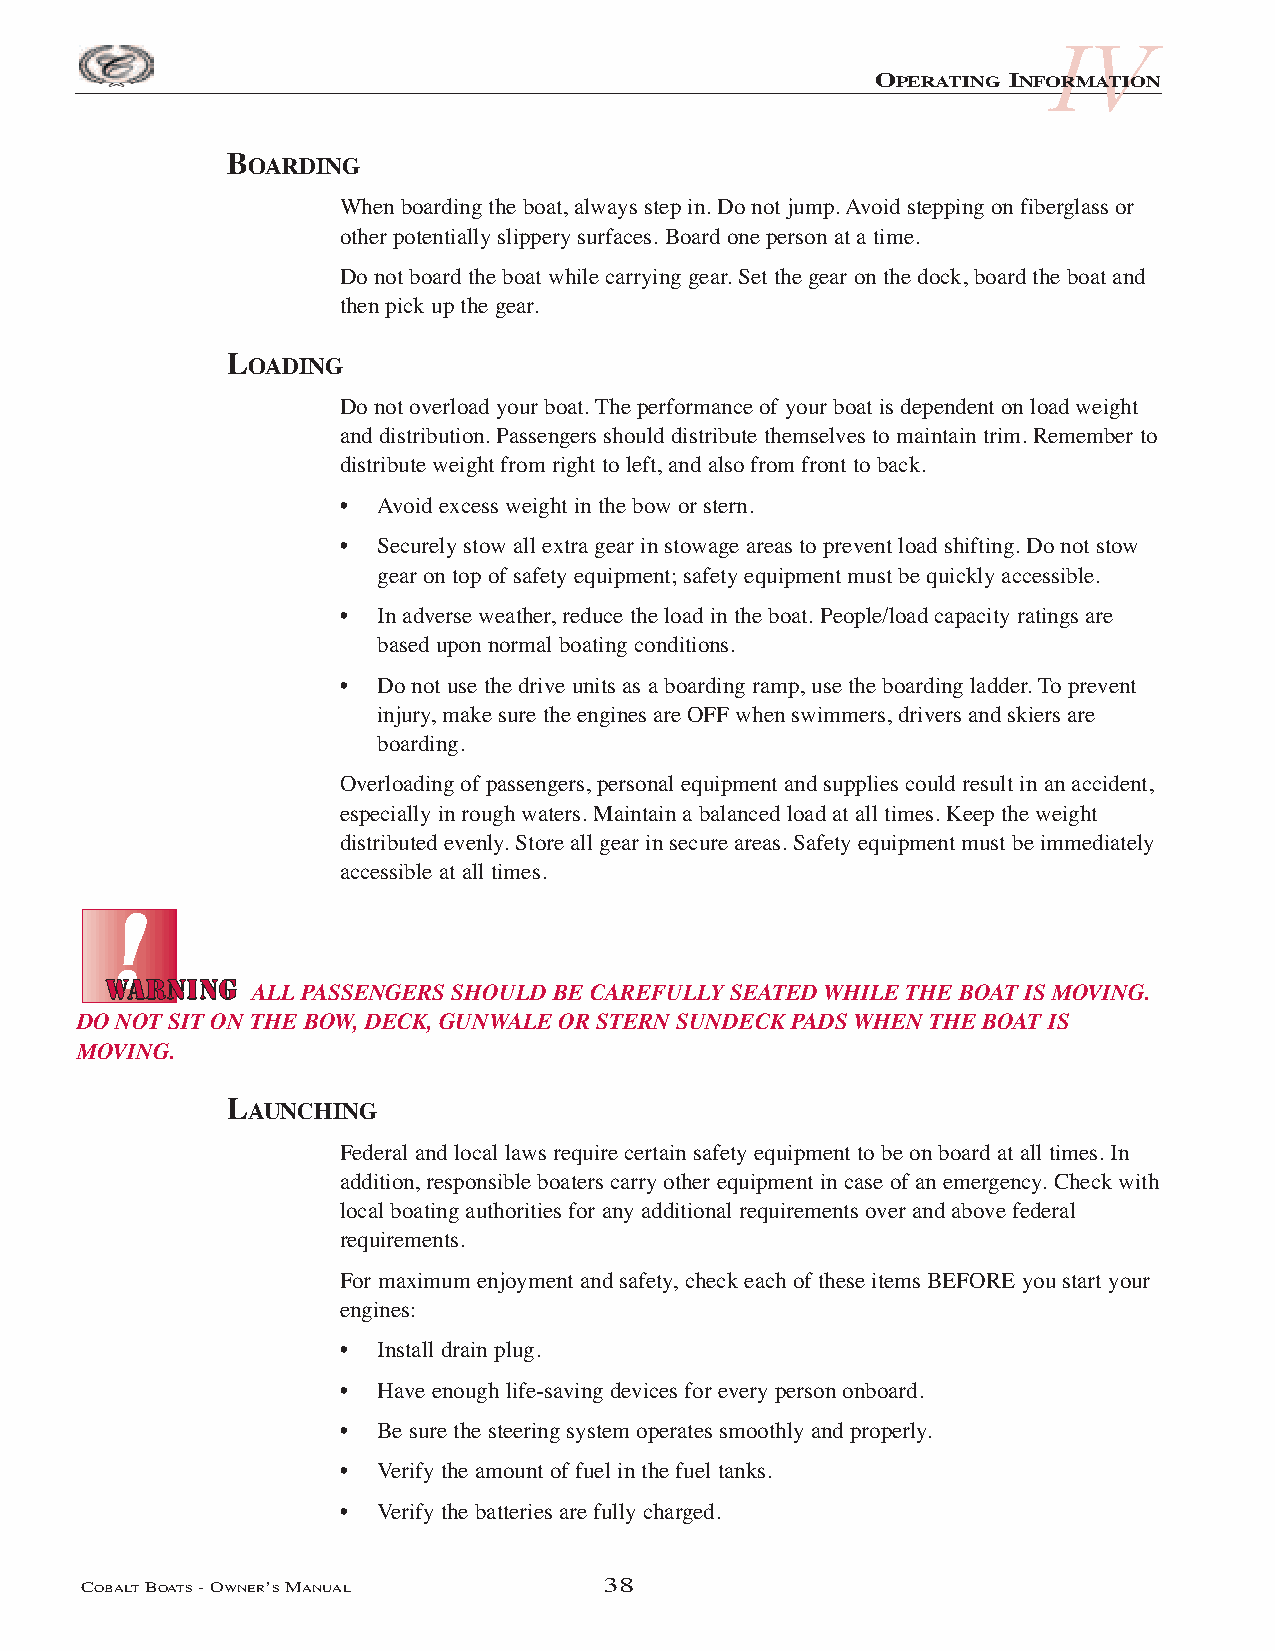
IV
 OPERATING INFORMATION
 BOARDING
 When boarding the boat, always step in. Do not jump. Avoid stepping on fiberglass or
 other potentially slippery surfaces. Board one person at a time.
 Do not board the boat while carrying gear. Set the gear on the dock, board the boat and
 then pick up the gear.
 LOADING
 Do not overload your boat. The performance of your boat is dependent on load weight
 and distribution. Passengers should distribute themselves to maintain trim. Remember to
 distribute weight from right to left, and also from front to back.
 •  Avoid excess weight in the bow or stern.
 •  Securely stow all extra gear in stowage areas to prevent load shifting. Do not stow
 gear on top of safety equipment; safety equipment must be quickly accessible.
 •  In adverse weather, reduce the load in the boat. People/load capacity ratings are
 based upon normal boating conditions.
 •  Do not use the drive units as a boarding ramp, use the boarding ladder. To prevent
 injury, make sure the engines are OFF when swimmers, drivers and skiers are
 boarding.
 Overloading of passengers, personal equipment and supplies could result in an accident,
 especially in rough waters. Maintain a balanced load at all times. Keep the weight
 distributed evenly. Store all gear in secure areas. Safety equipment must be immediately
 accessible at all times.
 ALL PASSENGERS SHOULD BE CAREFULLY SEATED WHILE THE BOAT IS MOVING.
 DO NOT SIT ON THE BOW, DECK, GUNWALE OR STERN SUNDECK PADS WHEN THE BOAT IS
 MOVING.
 LAUNCHING
 Federal and local laws require certain safety equipment to be on board at all times. In
 addition, responsible boaters carry other equipment in case of an emergency. Check with
 local boating authorities for any additional requirements over and above federal
 requirements.
 For maximum enjoyment and safety, check each of these items BEFORE you start your
 engines:
 •  Install drain plug.
 •  Have enough life-saving devices for every person onboard.
 •  Be sure the steering system operates smoothly and properly.
 •  Verify the amount of fuel in the fuel tanks.
 •  Verify the batteries are fully charged.
 COBALTBOATS- OWNER’SMANUAL         38